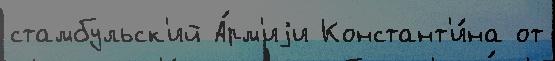
стамбульск'ий А́рм'иjи Констант'и́на от